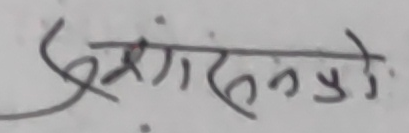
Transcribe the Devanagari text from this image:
एमंगसन्नयो